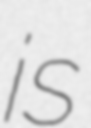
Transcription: is